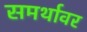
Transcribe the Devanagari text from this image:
समर्थावर